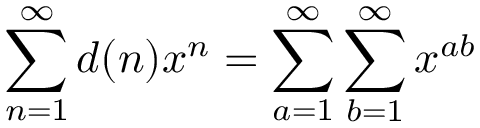
\sum _ { n = 1 } ^ { \infty } d ( n ) x ^ { n } = \sum _ { a = 1 } ^ { \infty } \sum _ { b = 1 } ^ { \infty } x ^ { a b }